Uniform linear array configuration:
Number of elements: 32
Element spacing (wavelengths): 0.75
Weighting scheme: kaiser
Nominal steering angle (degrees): -45
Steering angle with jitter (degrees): -46.61
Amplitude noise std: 0.05
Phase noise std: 0.05

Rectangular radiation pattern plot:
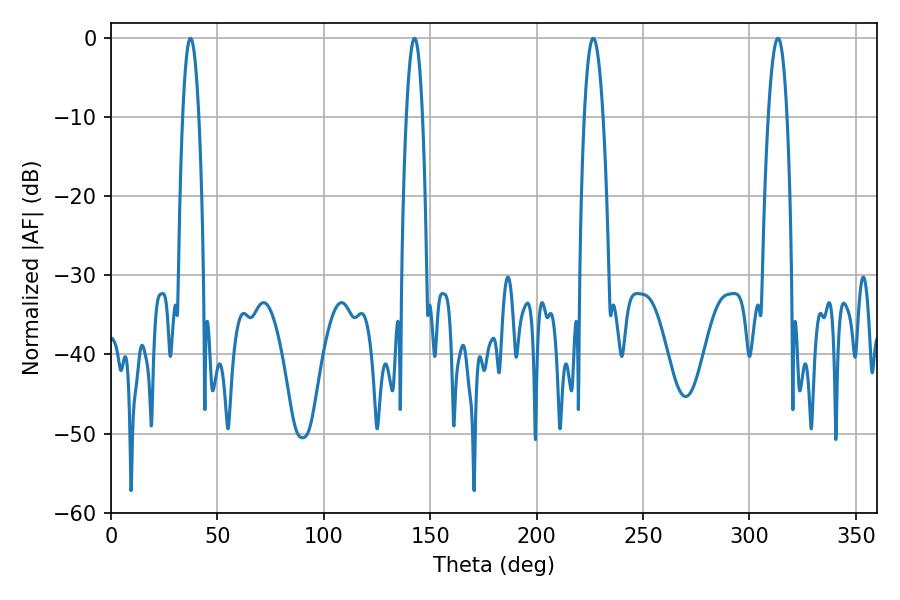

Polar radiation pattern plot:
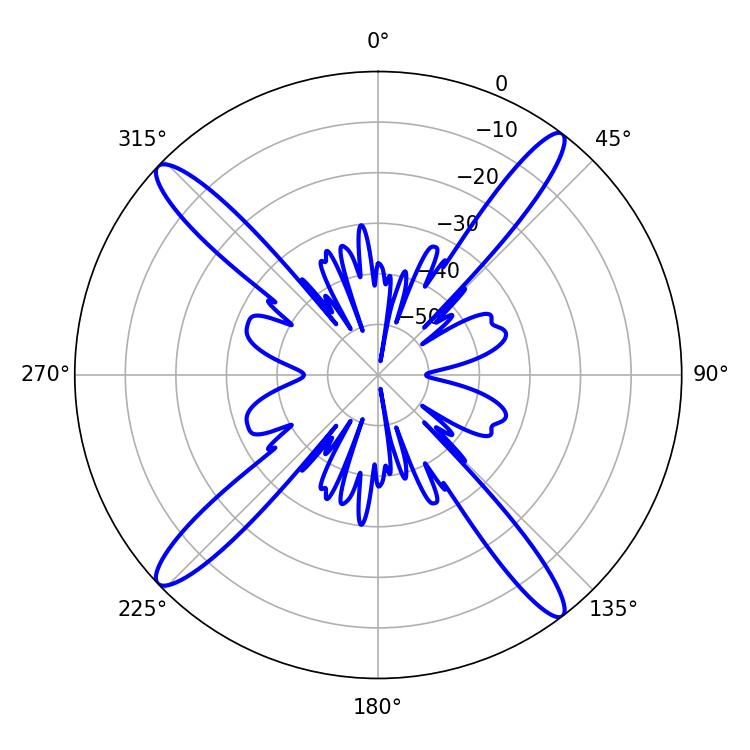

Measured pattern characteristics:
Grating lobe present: TRUE
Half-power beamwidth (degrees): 4.86
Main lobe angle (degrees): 226.62